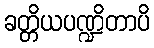
ခတ္တိယပဏ္ဍိတာပိ